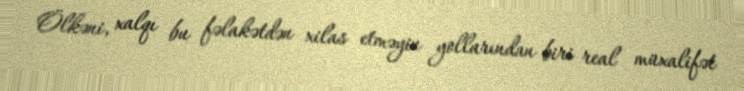
Ölkəni, xalqı bu fəlakətdən xilas etməyin yollarından biri real müxalifət